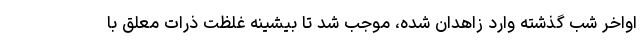
اواخر شب گذشته وارد زاهدان شده، موجب شد تا بیشینه غلظت ذرات معلق با